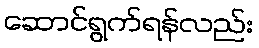
ဆောင်ရွက်ရန်လည်း